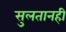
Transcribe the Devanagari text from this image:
सुलतानही